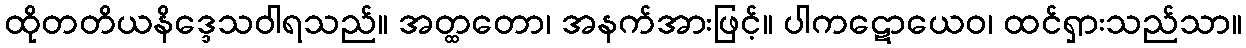
ထိုတတိယနိဒ္ဒေသဝါရသည်။ အတ္ထတော၊ အနက်အားဖြင့်။ ပါကဋောယေဝ၊ ထင်ရှားသည်သာ။